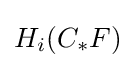
H_{i}(C_{*}F)